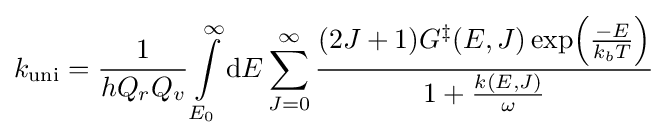
k_{\mathrm {uni} }={\frac {1}{hQ_{r}Q_{v}}}\int \limits _{E_{0}}^{\infty }\mathrm {d} E\sum _{J=0}^{\infty }{\frac {(2J+1)G^{\ddagger }(E,J)\exp \!\left({\frac {-E}{k_{b}T}}\right)}{1+{\frac {k(E,J)}{\omega }}}}